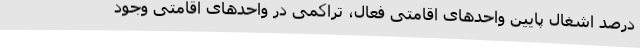
درصد اشغال پایین واحدهای اقامتی فعال، تراکمی در واحدهای اقامتی وجود